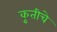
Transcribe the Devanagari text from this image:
कृुतीचे